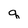
Character: q